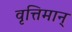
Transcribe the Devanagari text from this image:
वृत्तिमान्‌